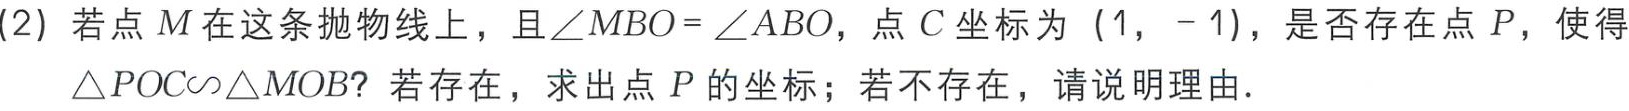
(2) 若点 \(M\) 在这条抛物线上，且\(\angle MBO = \angle ABO\)，点 \(C\) 坐标为 \((1, - 1)\)，是否存在点 \(P\)，使得\(\triangle POC\sim\triangle MOB\)？若存在，求出点 \(P\) 的坐标；若不存在，请说明理由.